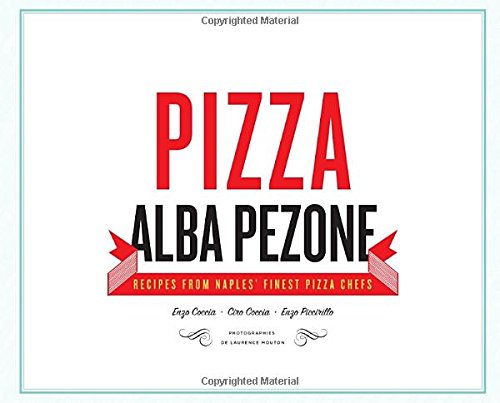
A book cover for Pizza: Recipes from Naples' Finest Pizza Chefs; Alba Pezone; Cookbooks, Food & Wine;